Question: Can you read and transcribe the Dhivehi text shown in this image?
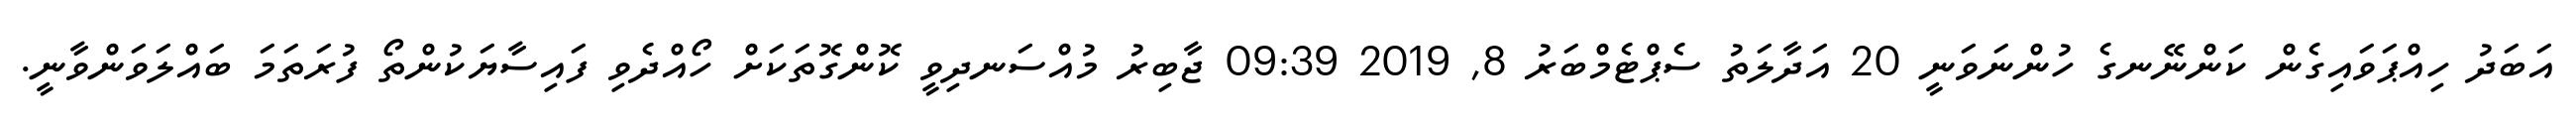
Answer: އަބަދު ހިއްޕަވައިގެން ކަންނޭނގެ ހުންނަވަނީ 20 އަދާލަތު ސެޕްޓެމްބަރު 8, 2019 09:39 ޖާބިރު މުއްސަނދިވީ ކޮންގޮތަކަށް ހޯއްދެވި ފައިސާޔަކުންތޯ ފުރަތަމަ ބައްލަވަންވާނީ.